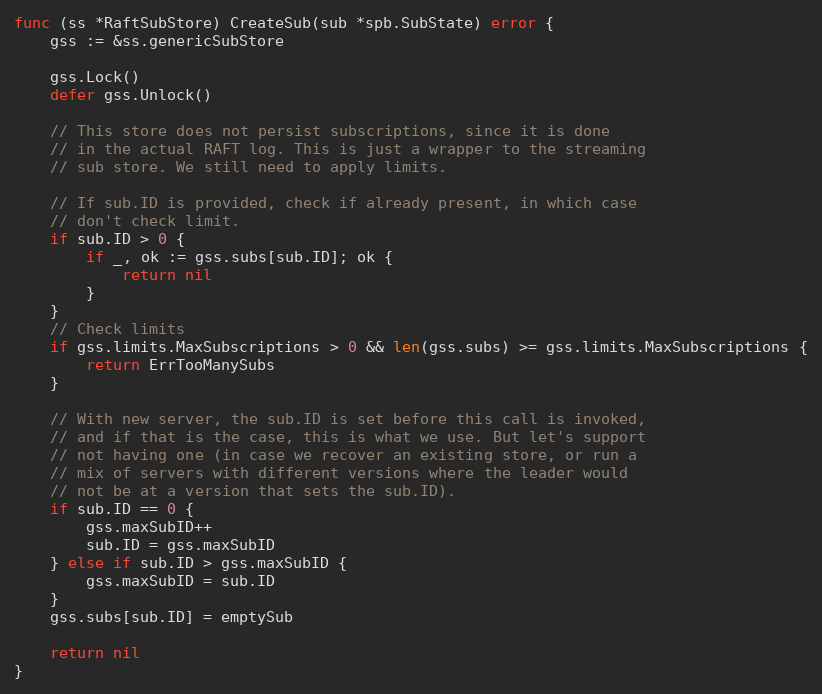
Language: Go
func (ss *RaftSubStore) CreateSub(sub *spb.SubState) error {
	gss := &ss.genericSubStore

	gss.Lock()
	defer gss.Unlock()

	// This store does not persist subscriptions, since it is done
	// in the actual RAFT log. This is just a wrapper to the streaming
	// sub store. We still need to apply limits.

	// If sub.ID is provided, check if already present, in which case
	// don't check limit.
	if sub.ID > 0 {
		if _, ok := gss.subs[sub.ID]; ok {
			return nil
		}
	}
	// Check limits
	if gss.limits.MaxSubscriptions > 0 && len(gss.subs) >= gss.limits.MaxSubscriptions {
		return ErrTooManySubs
	}

	// With new server, the sub.ID is set before this call is invoked,
	// and if that is the case, this is what we use. But let's support
	// not having one (in case we recover an existing store, or run a
	// mix of servers with different versions where the leader would
	// not be at a version that sets the sub.ID).
	if sub.ID == 0 {
		gss.maxSubID++
		sub.ID = gss.maxSubID
	} else if sub.ID > gss.maxSubID {
		gss.maxSubID = sub.ID
	}
	gss.subs[sub.ID] = emptySub

	return nil
}